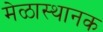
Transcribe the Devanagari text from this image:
मेळास्थानक